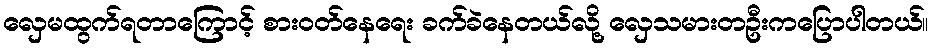
လှေမထွက်ရတာကြောင့် စားဝတ်နေရေး ခက်ခဲနေတယ်လို့ လှေသမားတဦးကပြောပါတယ်။